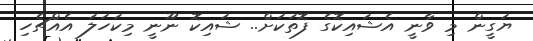
ޔަގީން މި ވާނީ އެޝައިކޮގެ ފޮތަކަށް.. ޝައިކޮ ނޫނީ މިކަހަލަ އެއްޗެހި